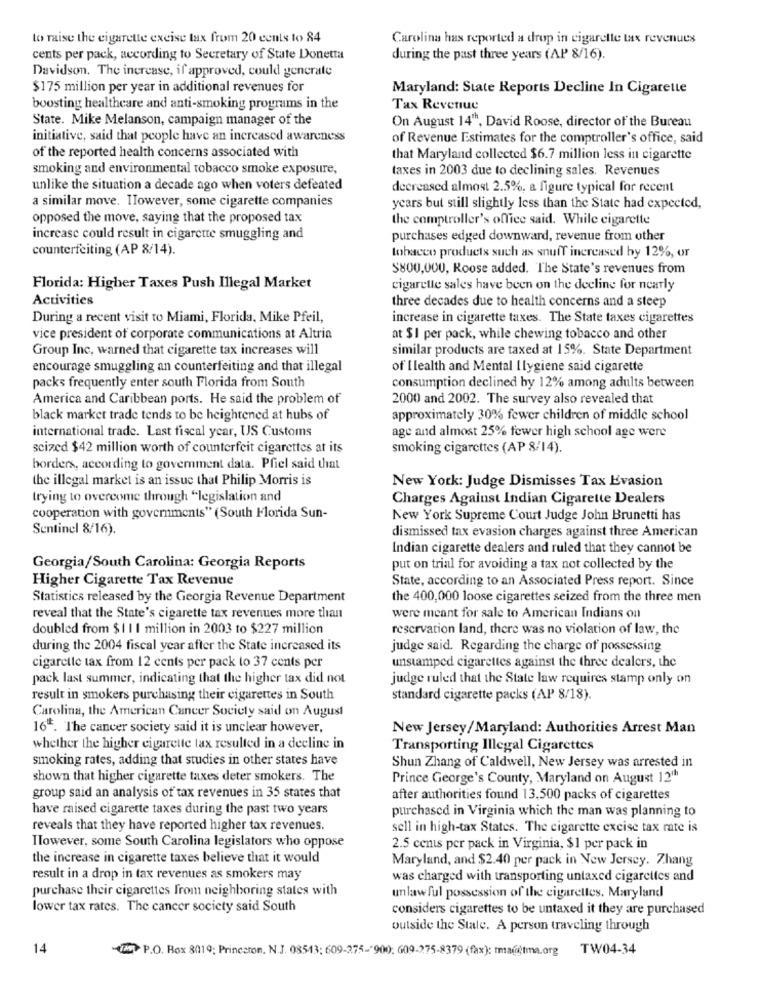
to raise the cigarette excise tax from 20 cents to 84
Carolina has reported a drop in cigarette tax revenues
cents per pack, according to Secretary of State Donetta
during the past three years (AP 8/16).
Davidson. The increase, if approved, could generate
$175 million per year in additional revenues for
Maryland: State Reports Decline In Cigarette
boosting healthcare and anti-smoking programs in the
Tax Revenue
State. Mike Melanson, campaign manager of the
On August 14", David Roose, director of the Bureau
initiative, said that people have an increased awareness
of Revenue Estimates for the comptroller's office, said
of the reported health concerns associated with
that Maryland collected $6.7 million less in cigarette
smoking and environmental tobacco smoke exposure,
taxes in 2003 due to declining sales. Revenues
unlike the situation a decade ago when voters defeated
decreased almost 2.5%, a figure typical for recent
a similar move. Ilowever, some cigarette companies
years but still slightly less than the State had expected,
opposed the move, saying that the proposed tax
the comptroller's office said. While cigarette
increase could result in cigarette smuggling and
purchases edged downward, revenue from other
counterfeiting (AP 8/14).
tobacco products such as snuff increased by 12%, or
$800,000, Roose added. The State's revenues from
Florida: Higher Taxes Push Illegal Market
cigaretle sales have been on the decline for nearly
Activities
three decades due to health concerns and a steep
During a recent visit to Miami, Florida, Mike Pfeil,
increase in cigarette taxes. The State taxes cigarettes
vice president of corporate communications at Altria
at $I per pack, while chewing tobacco and other
Group Inc, warned that cigarette tax increases will
similar products are taxed at 15%. State Department
encourage smuggling an counterfeiting and that illegal
of I lealth and Mental Ilygiene said cigarette
packs frequently enter south Florida from South
consumption declined hy 12% among adults between
America and Caribbean ports. He said the problem of
2000 and 2002. The survey also revealed that
black market trade tends to be heightened at hubs of
approximately 30% fewer children of middle school
international trade. Last fiscal year, US Customs
age and almost 25% fewer high school age were
scized $42 million worth of counterfeit cigarettes at its
smoking cigarettes (AP 8/14).
borders, according to government data. Pfiel said that
the illegal market is an issue that Philip Morris is
New York: Judge Dismisses Tax Evasion
trying to overcome through "legislation and
Charges Against Indian Cigarette Dealers
cooperation with governments" (South Florida Sun-
New York Supreme Court Judge John Brunetti has
Sentinel 8/16).
dismissed tax evasion charges against three American
Indian cigarette dealers and ruled that they cannot be
Georgia/South Carolina: Georgia Reports
put on trial for avoiding a tax not collected by the
Higher Cigarette Tax Revenue
State, according to an Associated Press report. Since
Statistics released by the Georgia Revenue Department
the 400,000 loose cigarettes seized from the three men
reveal that the State's cigarette tax revenues more than
were meant for sale to American Indians on
doubled from $11 1 million in 2003 to $227 million
reservation land, there was no violation of law, the
during the 2004 fiscal year after the State increased its
judge said. Regarding the charge of possessing
unstamped cigarettes against the three dealers, the
cigarette tax from 12 cents per pack to 37 cents per
pack last summer, indicating that the higher tax did not
judge ruled that the State law requires stamp only on
result in smokers purchasing their cigarettes in South
standard cigarette packs (AP 8/18).
Carolina, the American Cancer Society said on August
16ª. The cancer society said it is unclear however,
New Jersey/Maryland: Authorities Arrest Man
whether the higher cigarette tax resulted in a decline in
Transporting Illegal Cigarettes
smoking rates, adding that studies in other states have
Shun Zhang of Caldwell, New Jersey was arrested in
shown that higher cigarette taxes deter smokers. The
Prince George's County, Maryland on August 121h
group said an analysis of tax revenues in 35 states that
after authorities found 13,500 packs of cigarettes
have raised cigarette taxes during the past two years
purchased in Virginia which the man was planning to
reveals that they have reported higher tax revenues.
sell in high-tax States. The cigarette excise tax rate is
However, some South Carolina legislators who oppose
2.5 cents per pack in Virginia, $1 per pack in
the increase in cigarette taxes believe that it would
Maryland, and $2.40 per pack in New Jersey. Zhang
result in a drop in tax revenues as smokers may
was charged with transporting untaxed cigarettes and
purchase their cigarettes from neighboring states with
unlawful possession of the cigarettes. Maryland
lower tax rates. The cancer society said South
considers cigarettes to be untaxed it they are purchased
outside the State. A person traveling through
14
(25) P.O. Box 8019; Princeton. N.J. 08543; 609-275- 900, 609-275-8379 (fax): tmaitma.org
TW04-34